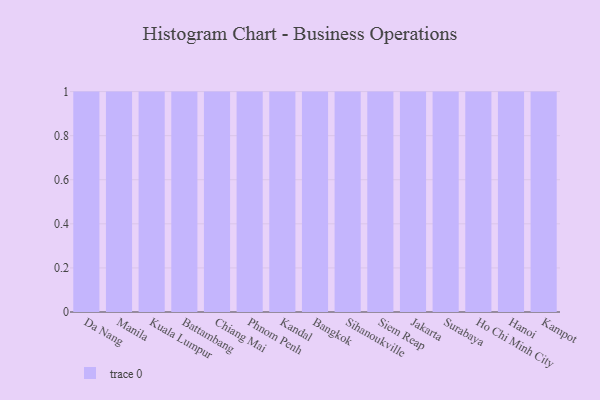
{"axis": {"x": "City", "y": "Humidity (%)"}, "legend": [""], "data": [{"x": "Da Nang", "y": 73, "type": ""}, {"x": "Manila", "y": 80, "type": ""}, {"x": "Kuala Lumpur", "y": 77, "type": ""}, {"x": "Battambang", "y": 90, "type": ""}, {"x": "Chiang Mai", "y": 23, "type": ""}, {"x": "Phnom Penh", "y": 45, "type": ""}, {"x": "Kandal", "y": 14, "type": ""}, {"x": "Bangkok", "y": 27, "type": ""}, {"x": "Sihanoukville", "y": 55, "type": ""}, {"x": "Siem Reap", "y": 95, "type": ""}, {"x": "Jakarta", "y": 45, "type": ""}, {"x": "Surabaya", "y": 53, "type": ""}, {"x": "Ho Chi Minh City", "y": 67, "type": ""}, {"x": "Hanoi", "y": 43, "type": ""}, {"x": "Kampot", "y": 68, "type": ""}]}